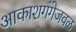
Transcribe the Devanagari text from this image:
आकाशगंगेजवळ